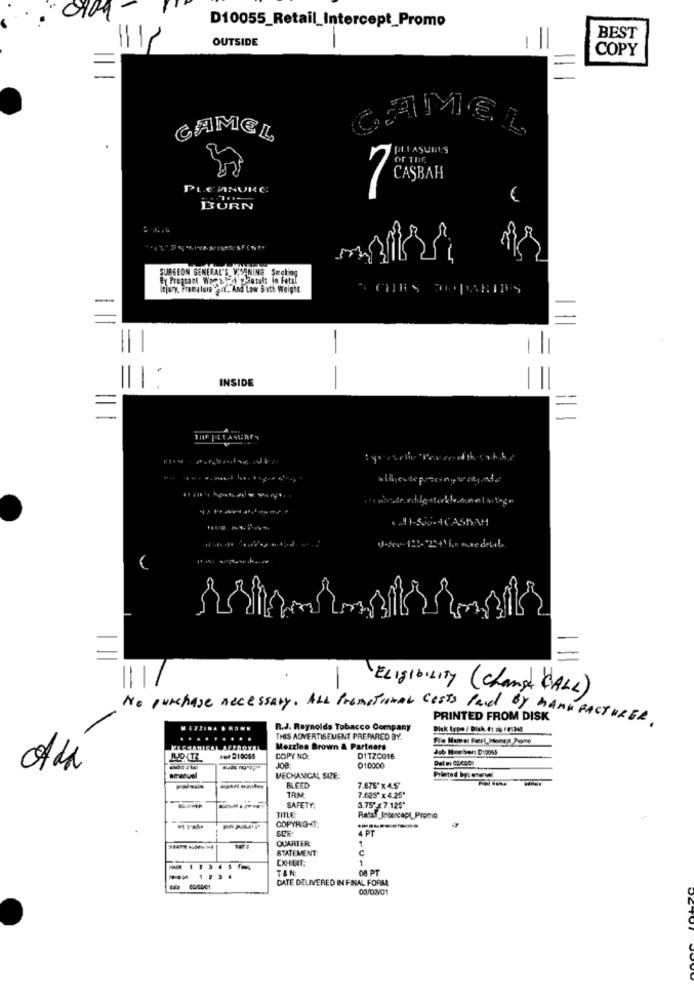
D10055_Retail_Intercept_Promo
OUTSIDE
BEST
COPY
,AMEL
CAMEL
.
PLEASURES
PLEMNURC
€
BURN
SURGEON GENERAL'S, WARNING Smokes
Injury, Freealum onf. And Low Buth Weight
-
INSIDE
=
tyoracle "Peaceroth. cakkast
-dev- 122- 22+1 Em ouse deLib
1
ELIGIBILITY ( Change "CALL )
No purchase necessary. ALL PromotionAL costs Paid BY MANUFACTURER.
PRINTED FROM DISK
R.J. Reynolds Tobacco Company
Plak type / Disk 4: 36 FF:340
THIS ADVERTISEMENT PREPARED BY:
Mezzina Brown & Partners
Jet DIDOSS
COPY NO.
D1TZC016
JOB
010000
emanuel
MECHANICAL SIZE:
Priated by: everyel
BLEED
TRM
7.675'xA.S"
7.625" x 4.25"
TITLE:
SAFETY:
3.75" x7.125"
COPYRIGHT:
Retal_Intercept_Promo
SOF
4 PT
QUARTER:
STATEMENT:
C
CXHUIT:
1
1134
TAN
08 PT
DATE DELIVERED IN FINAL FORM
02/02/01